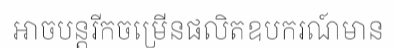
អាចបន្តរីកចម្រើនផលិតឧបករណ៍មាន